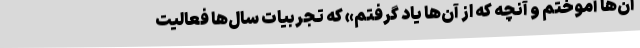
آن‌ها آموختم و آنچه‌ که از آن‌ها یاد گرفتم» که تجربیات سال‌ها فعالیت